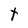
Character: t